Document type: Recognition
Year: 1437
Scribe: Pere Ponçgem
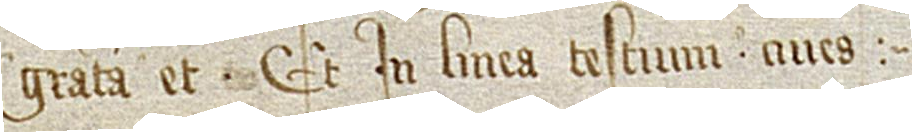
gratam et”, et in linea testium, “cives”.